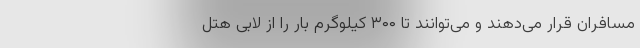
مسافران قرار می‌دهند و می‌توانند تا ۳۰۰ کیلوگرم بار را از لابی هتل